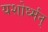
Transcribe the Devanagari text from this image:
यशोर्ध्मन्